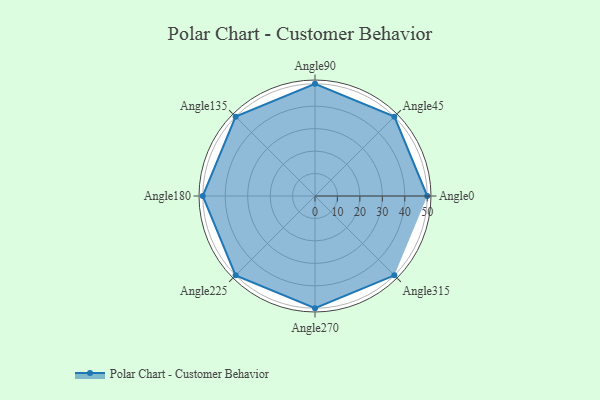
{"axis": {"x": "Angle", "y": "Radius"}, "legend": [""], "data": [{"x": "Angle0", "y": 50.0, "type": ""}, {"x": "Angle45", "y": 50, "type": ""}, {"x": "Angle90", "y": 50, "type": ""}, {"x": "Angle135", "y": 50, "type": ""}, {"x": "Angle180", "y": 50, "type": ""}, {"x": "Angle225", "y": 50, "type": ""}, {"x": "Angle270", "y": 50, "type": ""}, {"x": "Angle315", "y": 50, "type": ""}]}